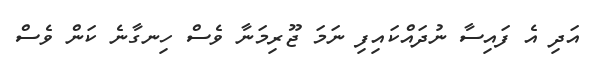
އަދި އެ ފައިސާ ނުދައްކައިފި ނަމަ ޖޫރިމަނާ ވެސް ހިނގާނެ ކަން ވެސް